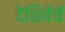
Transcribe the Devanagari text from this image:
देशियेचें